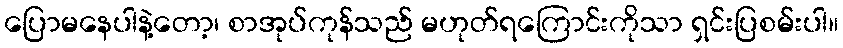
ပြောမနေပါနဲ့တော့၊ စာအုပ်ကုန်သည် မဟုတ်ရကြောင်းကိုသာ ရှင်းပြစမ်းပါ။